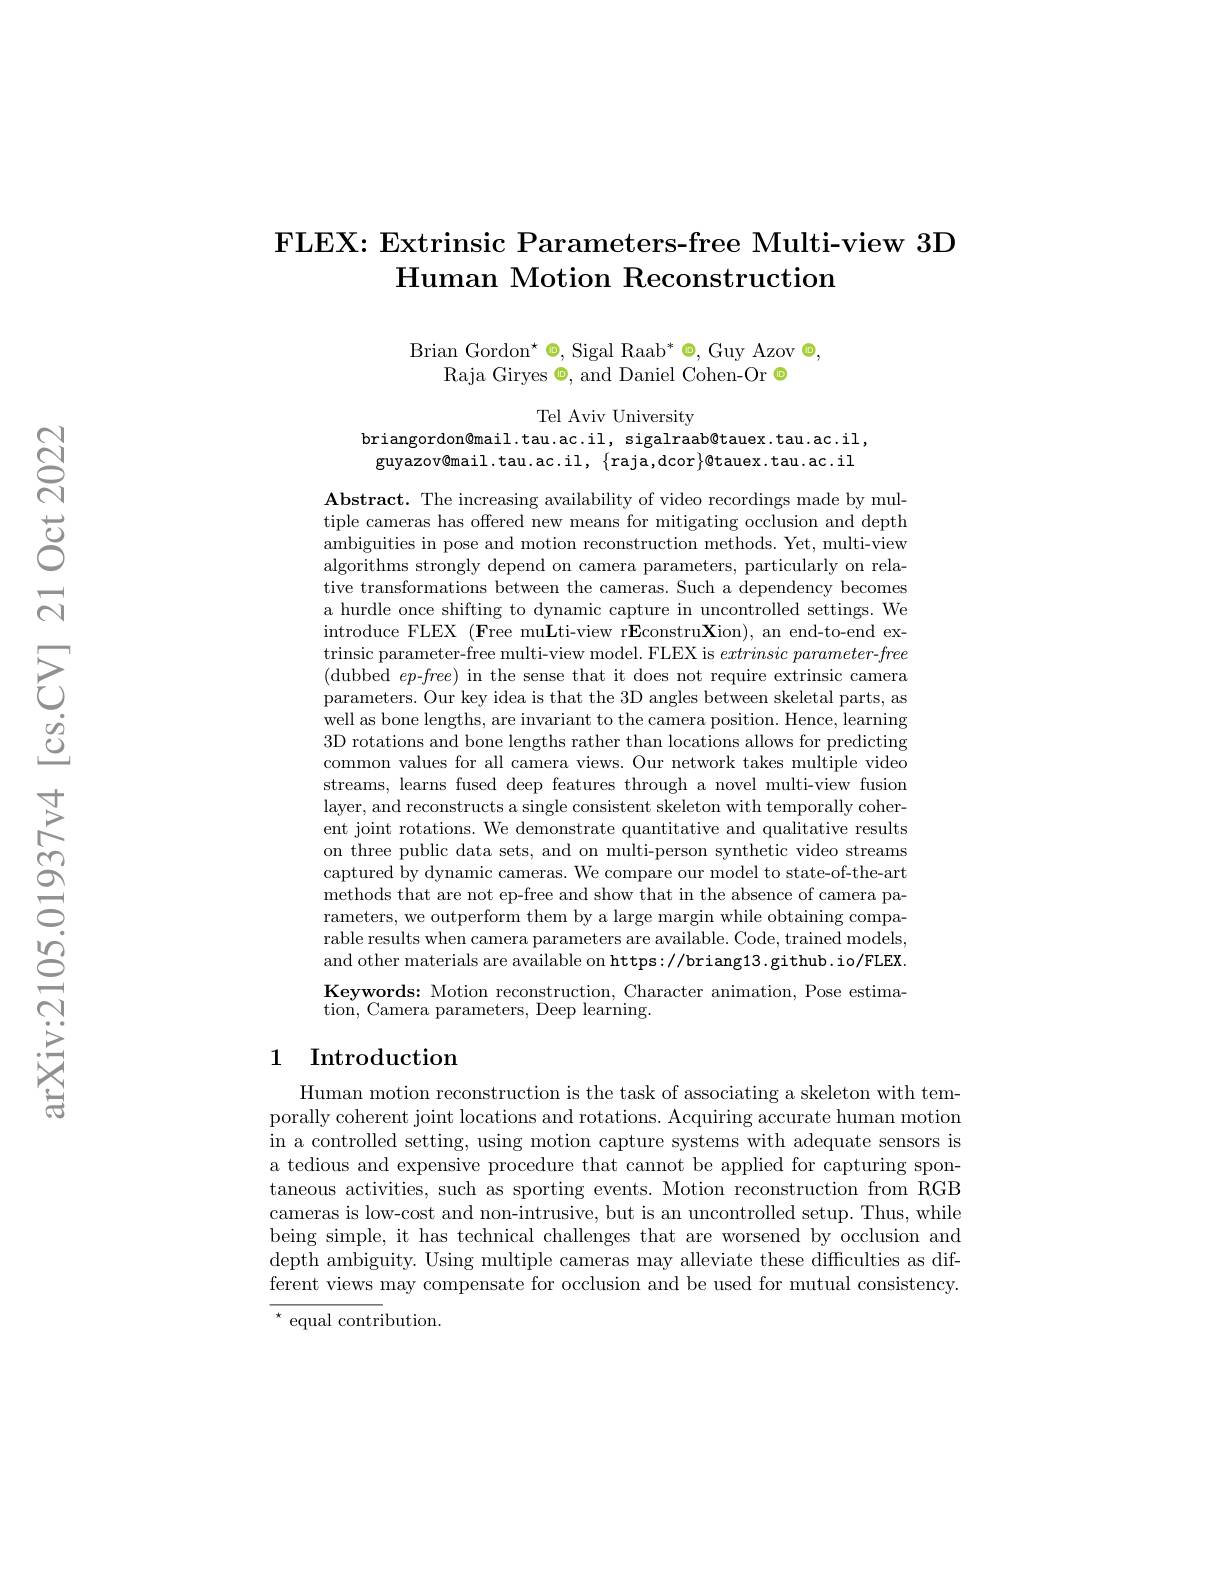
### FLEX: Extrinsic Parameters-free Multi-view 3D $\textbf{Human Motion Reconstruction}$

Brian Gordon$^\star\otimes$,Sigal Raab$^*\otimes$,Guy Azov $\odot$,
Raja Giryes $\textcircled{\circ}$, and Daniel Cohen-Or $\textcircled{\circ}$

Tel Aviv University

briangordon@mail.tau.ac.il, sigalraab@tauex.tau.ac.il, guyazov@mail.tau.ac.il, \{raja,dcor\}@tauex.tau.ac.il

$\textbf{Abstract. The increasing availability of video recordings made by mul- }$ tiple cameras has offered new means for mitigating occlusion and depth ambiguities in pose and motion reconstruction methods. Yet, multi-view algorithms strongly depend on camera parameters, particularly on relative transformations between the cameras. Such a dependency becomes a hurdle once shifting to dynamic capture in uncontrolled settings. We introduce FLEX (Free mu$\mathbf{L}$ti-view r$\mathbf{E}$constru$\mathbf{X}$ion), an end-to-end ex- $\begin{array}{c}\text{trinsic parameter-free multi-view model. FLEX is }extrinsic\end{array}parameter-free$ (dubbed $ep$-$free)$ in the sense that it does not require extrinsic camera parameters. Our key idea is that the 3D angles between skeletal parts, as well as bone lengths, are invariant to the camera position. Hence, learning 3D rotations and bone lengths rather than locations allows for predicting common values for all camera views. Our network takes multiple video streams, learns fused deep features through a novel multi-view fusion layer, and reconstructs a single consistent skeleton with temporally coherent joint rotations. We demonstrate quantitative and qualitative results on three public data sets, and on multi-person synthetic video streams captured by dynamic cameras. We compare our model to state-of-the-art methods that are not ep-free and show that in the absence of camera parameters, we outperform them by a large margin while obtaining comparable results when camera parameters are available. Code, trained models, and other materials are available on https://briang13.github.io/FLEX. Keywords: Motion reconstruction, Character animation, Pose estimation, Camera parameters, Deep learning.

## 1 Introduction

Human motion reconstruction is the task of associating a skeleton with temporally coherent joint locations and rotations. Acquiring accurate human motion in a controlled setting, using motion capture systems with adequate sensors is a tedious and expensive procedure that cannot be applied for capturing spontaneous activities, such as sporting events. Motion reconstruction from RGB cameras is low-cost and non-intrusive, but is an uncontrolled setup. Thus, while being simple, it has technical challenges that are worsened by occlusion and depth ambiguity. Using multiple cameras may alleviate these difficulties as different views may compensate for occlusion and be used for mutual consistency. $^{\star}$ equal contribution.